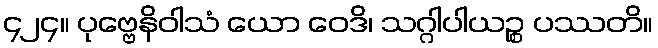
၄၂၄။ ပုဗ္ဗေနိဝါသံ ယော ဝေဒိ၊ သဂ္ဂါပါယဉ္စ ပဿတိ။